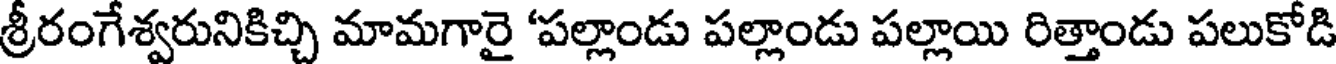
శ్రీరంగేశ్వరునికిచ్చి మామగారై 'పల్లాండు పల్లాండు పల్లాయి రిత్తాండు పలుకోడి